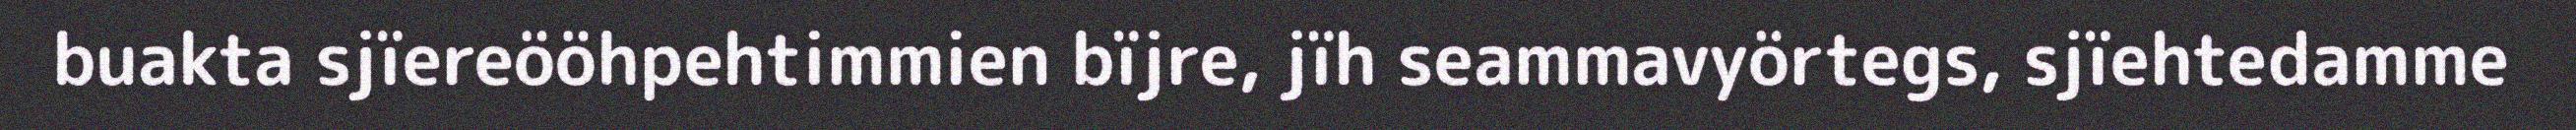
buakta sjïereööhpehtimmien bïjre, jïh seammavyörtegs, sjïehtedamme